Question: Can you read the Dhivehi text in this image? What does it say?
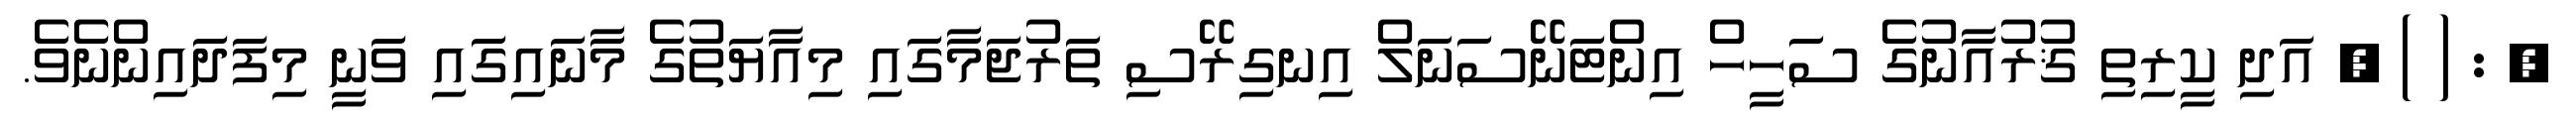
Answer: , : ( ) , އަދި ކީރިތި ޤުރުއާނުގެ ސަހީހް އިންޓަނޭސަނަލް އިނގިރޭސި ތަރުޖަމާގައި މިއާޔަތުގެ މާނައިގައި ވަނީ މިފަދައިންނެވެ.